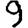
Digit: 9